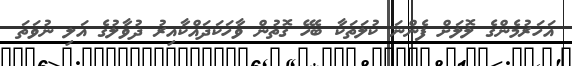
އަހަރުމެންގެ ލޮލަށް ފެންނަ ކުލަތަކާ ބެހޭ ގޮތުން ވާހަކަދައްކާއިރު ދުވާލުގެ އަލި ނުވަތަ